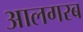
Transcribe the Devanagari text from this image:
आलगरब